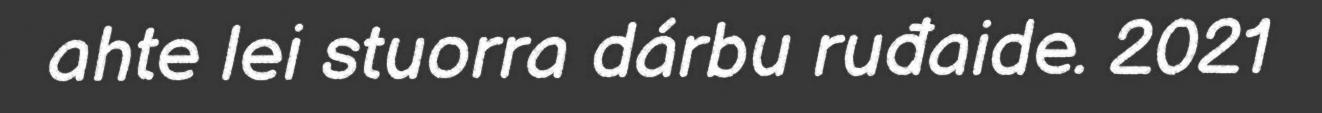
ahte lei stuorra dárbu ruđaide. 2021